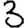
Digit: 3